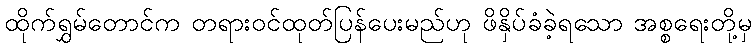
ထိုက်ရွှမ်တောင်က တရားဝင်ထုတ်ပြန်ပေးမည်ဟု ဖိနှိပ်ခံခဲ့ရသော အစ္စရေးတို့မှ